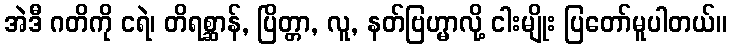
အဲဒီ ဂတိကို ငရဲ၊ တိရစ္ဆာန်, ပြိတ္တာ, လူ, နတ်ဗြဟ္မာလို့ ငါးမျိုး ပြတော်မူပါတယ်။